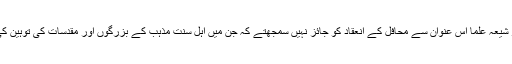
مراجع اور شیعہ علما اس عنوان سے محافل کے انعقاد کو جائز نہیں سمجھتے کہ جن میں اہل سنت مذہب کے بزرگوں اور مقدسات کی توہین کی جاتی ہو۔